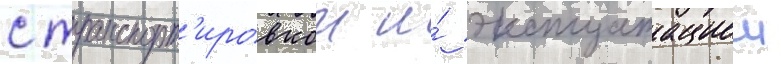
с транспорт'ировкои и́ эксплуатациеи